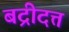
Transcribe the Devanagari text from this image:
बद्रीदत्त